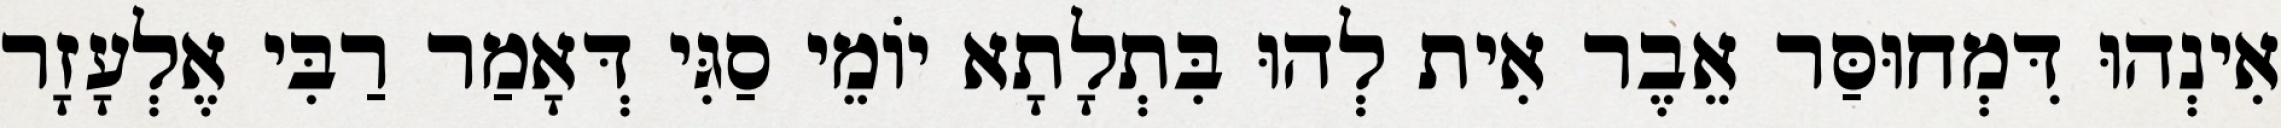
אִינְהוּ דִּמְחוּסַּר אֵבֶר אִית לְהוּ בִּתְלָתָא יוֹמֵי סַגִּי דְּאָמַר רַבִּי אֶלְעָזָר